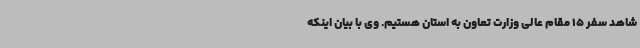
شاهد سفر 15 مقام عالی وزارت تعاون به استان هستیم. وی با بیان اینکه